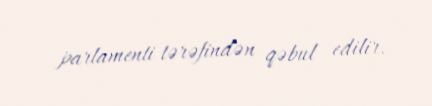
parlamenti tərəfindən qəbul edilir.